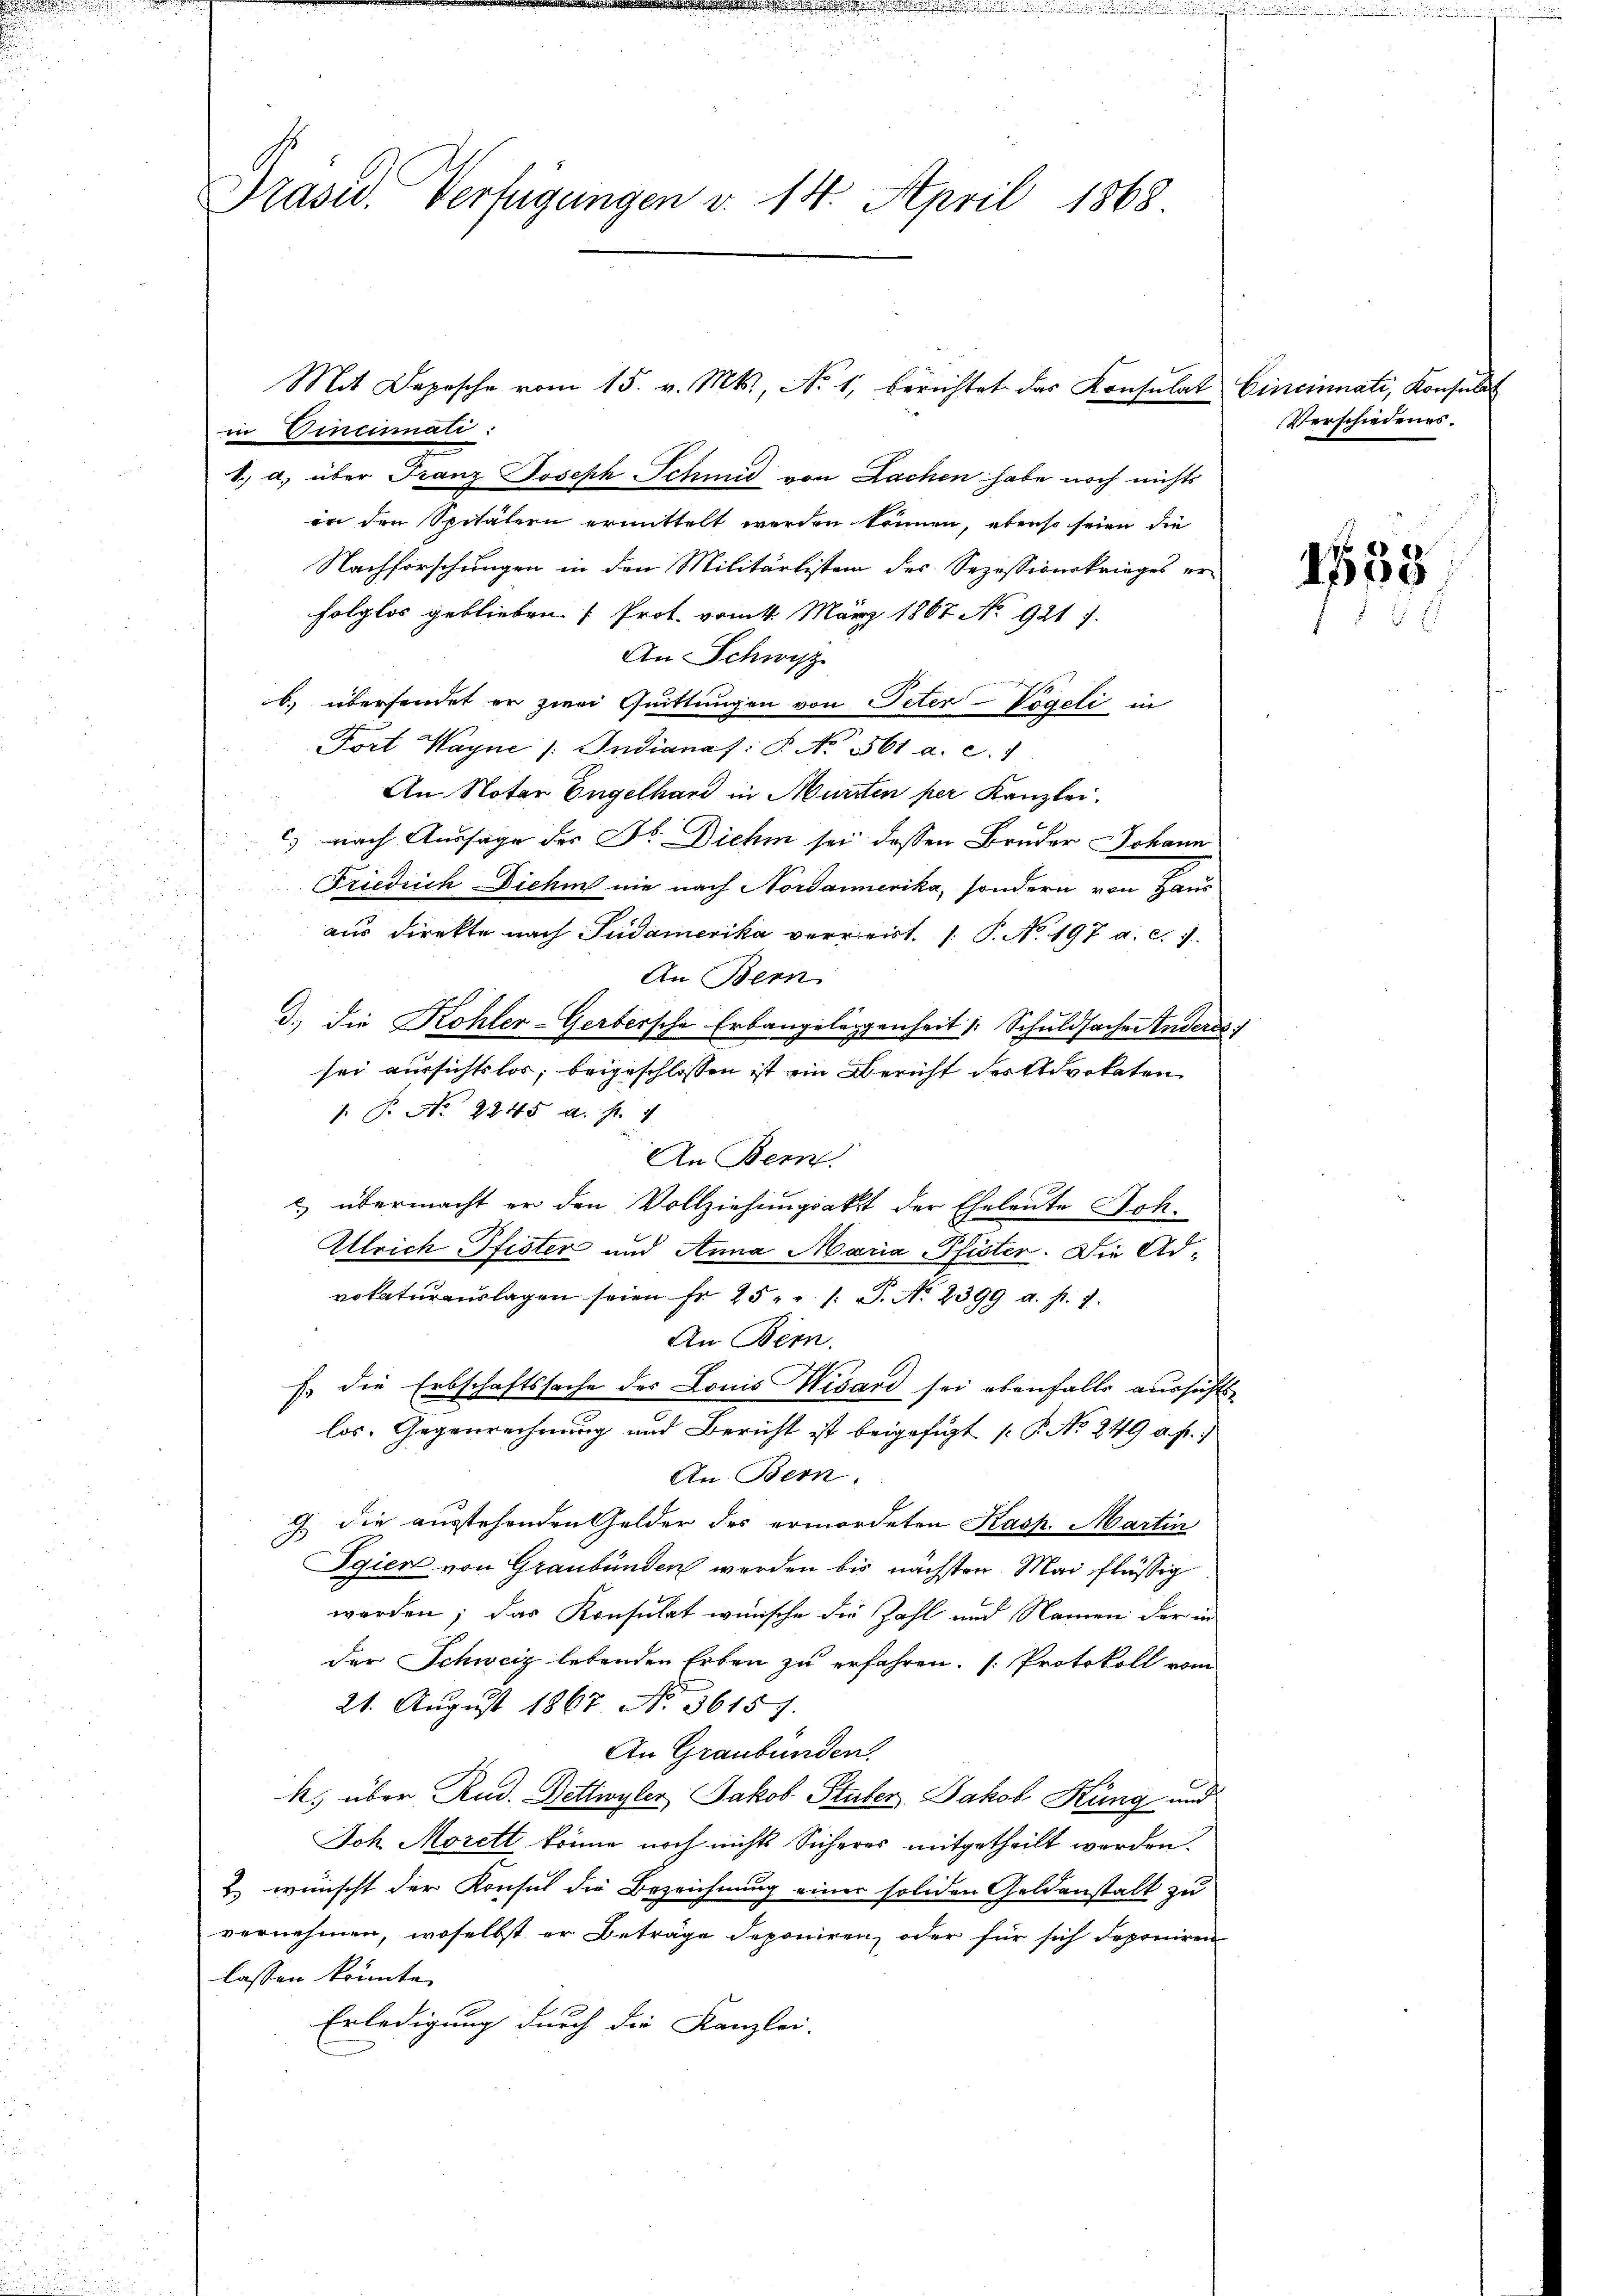
Präser. Verfügungen v. 14. April 1868

in Vincmati.

1.) a. über Franz Joseph Schmid von Lachen habe noch nichts
in den Spitälern ermittelt werden können, ebenso seien die
Nachforschungen in den Militärlisten des Sezessionskrieges er-
folglos geblieben (Prot. vom 1. März 1867 No 921 7.
An Schwyz
b.) übersendet er zwei Quittungen von Peter Vögeli in
Fort Wayne /: Indianaf: P. No. 561 a. c. 1
An Notar Engelhard in Murrten per Kanzlei.
c) nach Aussage des Fr. Diehm sei dessen Bruder Johann
Friedrich Dichin nie nach Nordamerika, sondern von Haus
aus direkte nach Pudamerika verreirt. 1. P. No. 197 a. c. 7.
An Bern
d.) die Kohler-Gerbersche Erbangelegenheit /: Schuldsache Andere
sei aussichtslos, beigeschlossen ist ein Bericht des Advokaten
 P. No. 2245 a. p. 1
An Bern.
) übermacht er den Vollziehungsakt der Eheleute Soh¬
Ulrich, Pfister und Anna Maria Pfister. Die Advokaturanslagen seien fr. 25. 1. P. No. 2399 a. p. 1.
An Bern.
E. die Erbschaftssache des Louis Wisard sei ebenfalls aussich
los. Gegenrechnung und Bericht ist beigefügt [P. No. 249 a. f. 7
An Bern.
G. die ausstehenden Gelder des ermordeten Kasp. Martin
Egier von Graubünden werden bis nächsten Mai flüssig
werden; das Konsulat wünsche die Zahl und Namen der in
der Schweiz lebenden Erben zu erfahren. Protokoll vom
21. August 1867 No. 36157.
An Graubünden
k. über Rud. Dettwyler Jakob Stuber, Jakob Küng und
Joh Morett könne noch nichts Sicheres mitgetheilt werden.
.) wünscht der Konsul die Bezeichnung einer soliden Geldenstalt zu
vernehmen, woselbst er Beträge deponiren, oder für sich deponiren
lassen könnte.
Erledigung durch die Kanzlei-

Mit Depesche vom 15. v. Mts., No 1, berichtet das Konsulat

Cincinati, Konsula
Verschiedenes.

ch

1553